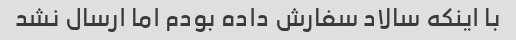
با اینکه سالاد سفارش داده بودم اما ارسال نشد